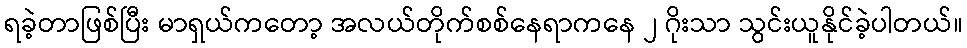
ရခဲ့တာဖြစ်ပြီး မာရှယ်ကတော့ အလယ်တိုက်စစ်နေရာကနေ ၂ ဂိုးသာ သွင်းယူနိုင်ခဲ့ပါတယ်။